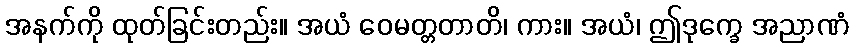
အနက်ကို ထုတ်ခြင်းတည်း။ အယံ ဝေမတ္တတာတိ၊ ကား။ အယံ၊ ဤဒုက္ခေ အညာဏံ